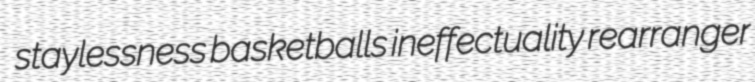
staylessness basketballs ineffectuality rearranger